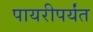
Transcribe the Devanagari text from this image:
पायरीपर्यंत